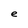
Character: e